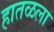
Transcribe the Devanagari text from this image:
हातळला